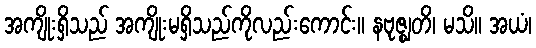
အကျိုးရှိသည် အကျိုးမရှိသည်ကိုလည်းကောင်း။ နဗုဇ္ဈတိ၊ မသိ။ အယံ၊